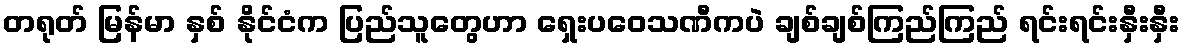
တရုတ် မြန်မာ နှစ် နိုင်ငံက ပြည်သူတွေဟာ ရှေးပဝေသဏီကပဲ ချစ်ချစ်ကြည်ကြည် ရင်းရင်းနှီးနှီး